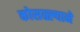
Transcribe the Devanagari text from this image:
कोसळ्ल्याने